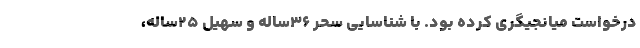
درخواست میانجیگری کرده بود. با شناسایی سحر ۳۶‌ساله و سهیل ۲۵‌ساله،